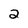
Character: 2